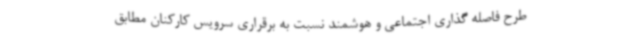
طرح فاصله گذاری اجتماعی و هوشمند نسبت به برقراری سرویس کارکنان مطابق